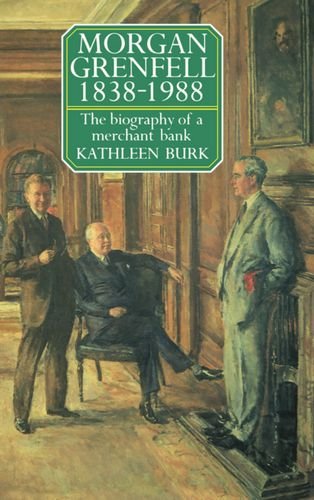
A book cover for Morgan Grenfell 1838-1988: The Biography of a Merchant Bank; Kathleen Burk; Computers & Technology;